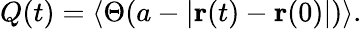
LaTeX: Q(t)=\left\langle\Theta(a-|{\mathbf r}(t)-{\mathbf r}(0)|)\right\rangle.